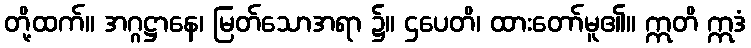
တို့ထက်။ အဂ္ဂဋ္ဌာနေ၊ မြတ်သောအရာ ၌။ ဌပေတိ၊ ထားတော်မူ၏။ ဣတိ ဣဒံ